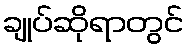
ချုပ်ဆိုရာတွင်